Scientific memoirs by medical officers of the Army of India - Part X,
Year: 1897
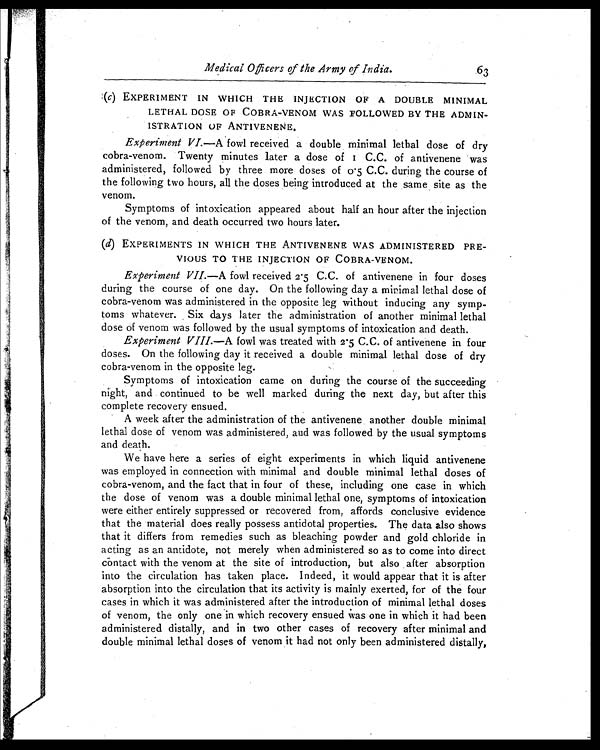
Medical Officers of the Army of India.
63
(c) EXPERIMENT IN WHICH THE INJECTION OF A DOUBLE MINIMAL
LETHAL DOSE OF COBRA-VENOM WAS FOLLOWED BY THE ADMIN-
ISTRATION OF ANTIVENENE.
Experiment VI.—A fowl received a double minimal lethal dose of dry
cobra-venom. Twenty minutes later a dose of 1 c.c. of antivenene was
administered, followed by three more doses of 0.5 C.C. during the course of
the following two hours, all the doses being introduced at the same site as the
venom.
Symptoms of intoxication appeared about half an hour after the injection
of the venom, and death occurred two hours later.
(d) EXPERIMENTS IN WHICH THE ANTIVENENE WAS ADMINISTERED PRE-
VIOUS TO THE INJECTION OF COBRA-VENOM.
Experiment VII.—A fowl received 2.5 c.c. of antivenene in four doses
during the course of one day. On the following day a minimal lethal dose of
cobra-venom was administered in the opposite leg without inducing any symp-
toms whatever. Six days later the administration of another minimal lethal
dose of venom was followed by the usual symptoms of intoxication and death.
Experiment VIII. —A fowl was treated with 2.5 c .c. of antivenene in four
doses. On the following day it received a double minimal lethal dose of dry
cobra-venom in the opposite leg.
Symptoms of intoxication came on during the course of the succeeding
night, and continued to be well marked during the next day, but after this
complete recovery ensued.
A week after the administration of the antivenene another double minimal
lethal dose of venom was administered, and was followed by the usual symptoms
and death.
We have here a series of eight experiments in which liquid antivenene
was employed in connection with minimal and double minimal lethal doses of
cobra-venom, and the fact that in four of these, including one case in which
the dose of venom was a double minimal lethal one, symptoms of intoxication
were either entirely suppressed or recovered from, affords conclusive evidence
that the material does really possess antidotal properties. The data also shows
that it differs from remedies such as bleaching powder and gold chloride in
acting as an antidote, not merely when administered so as to come into direct
Contact with the venom at the site of introduction, but also after absorption
into the circulation has taken place. Indeed, it would appear that it is after
absorption into the circulation that its activity is mainly exerted, for of the four
cases in which it was administered after the introduction of minimal lethal doses
of venom, the only one in which recovery ensued was one in which it had been
administered distally, and in two other cases of recovery after minimal and
double minimal lethal doses of venom it had not only been administered distally,